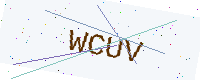
Text: WCUV